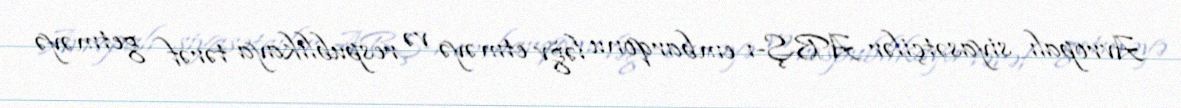
Avropalı siyasətçilər ABŞ-ı embarqonu ləğv etməyə və respublikaya tərəf getməyə